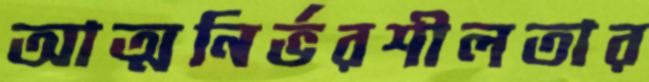
আত্মনির্ভরশীলতার